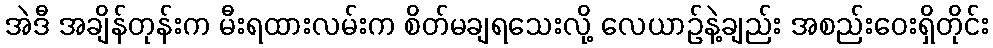
အဲဒီ အချိန်တုန်းက မီးရထားလမ်းက စိတ်မချရသေးလို့ လေယာဉ်နဲ့ချည်း အစည်းဝေးရှိတိုင်း